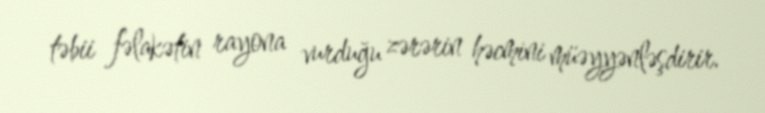
təbii fəlakətin rayona vurduğu zərərin həcmini müəyyənləşdirir.